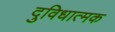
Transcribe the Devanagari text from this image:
दुविधात्मक